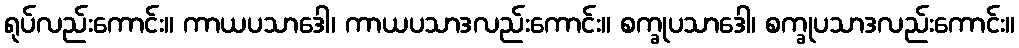
ရုပ်လည်းကောင်း။ ကာယပသာဒေါ၊ ကာယပသာဒလည်းကောင်း။ စက္ခုပသာဒေါ၊ စက္ခုပသာဒလည်းကောင်း။